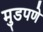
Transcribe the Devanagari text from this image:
मुडपणे